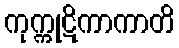
ကုက္ကုဋိကာကာတိ